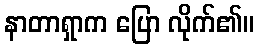
နာတာရှာက ပြော လိုက်၏။